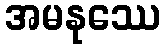
အမနုဿေ